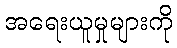
အရေးယူမှုများကို